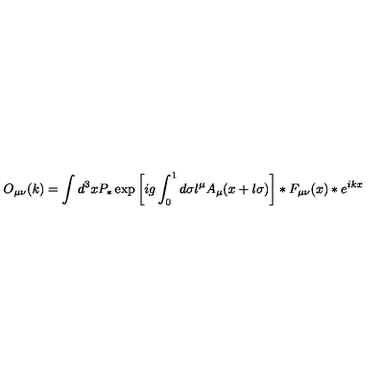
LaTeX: O _ { \mu \nu } ( k ) = \int d ^ { 3 } x P _ { * } \exp \left[ i g \int _ { 0 } ^ { 1 } d \sigma l ^ { \mu } A _ { \mu } ( x + l \sigma ) \right] \ast F _ { \mu \nu } ( x ) \ast e ^ { i k x }